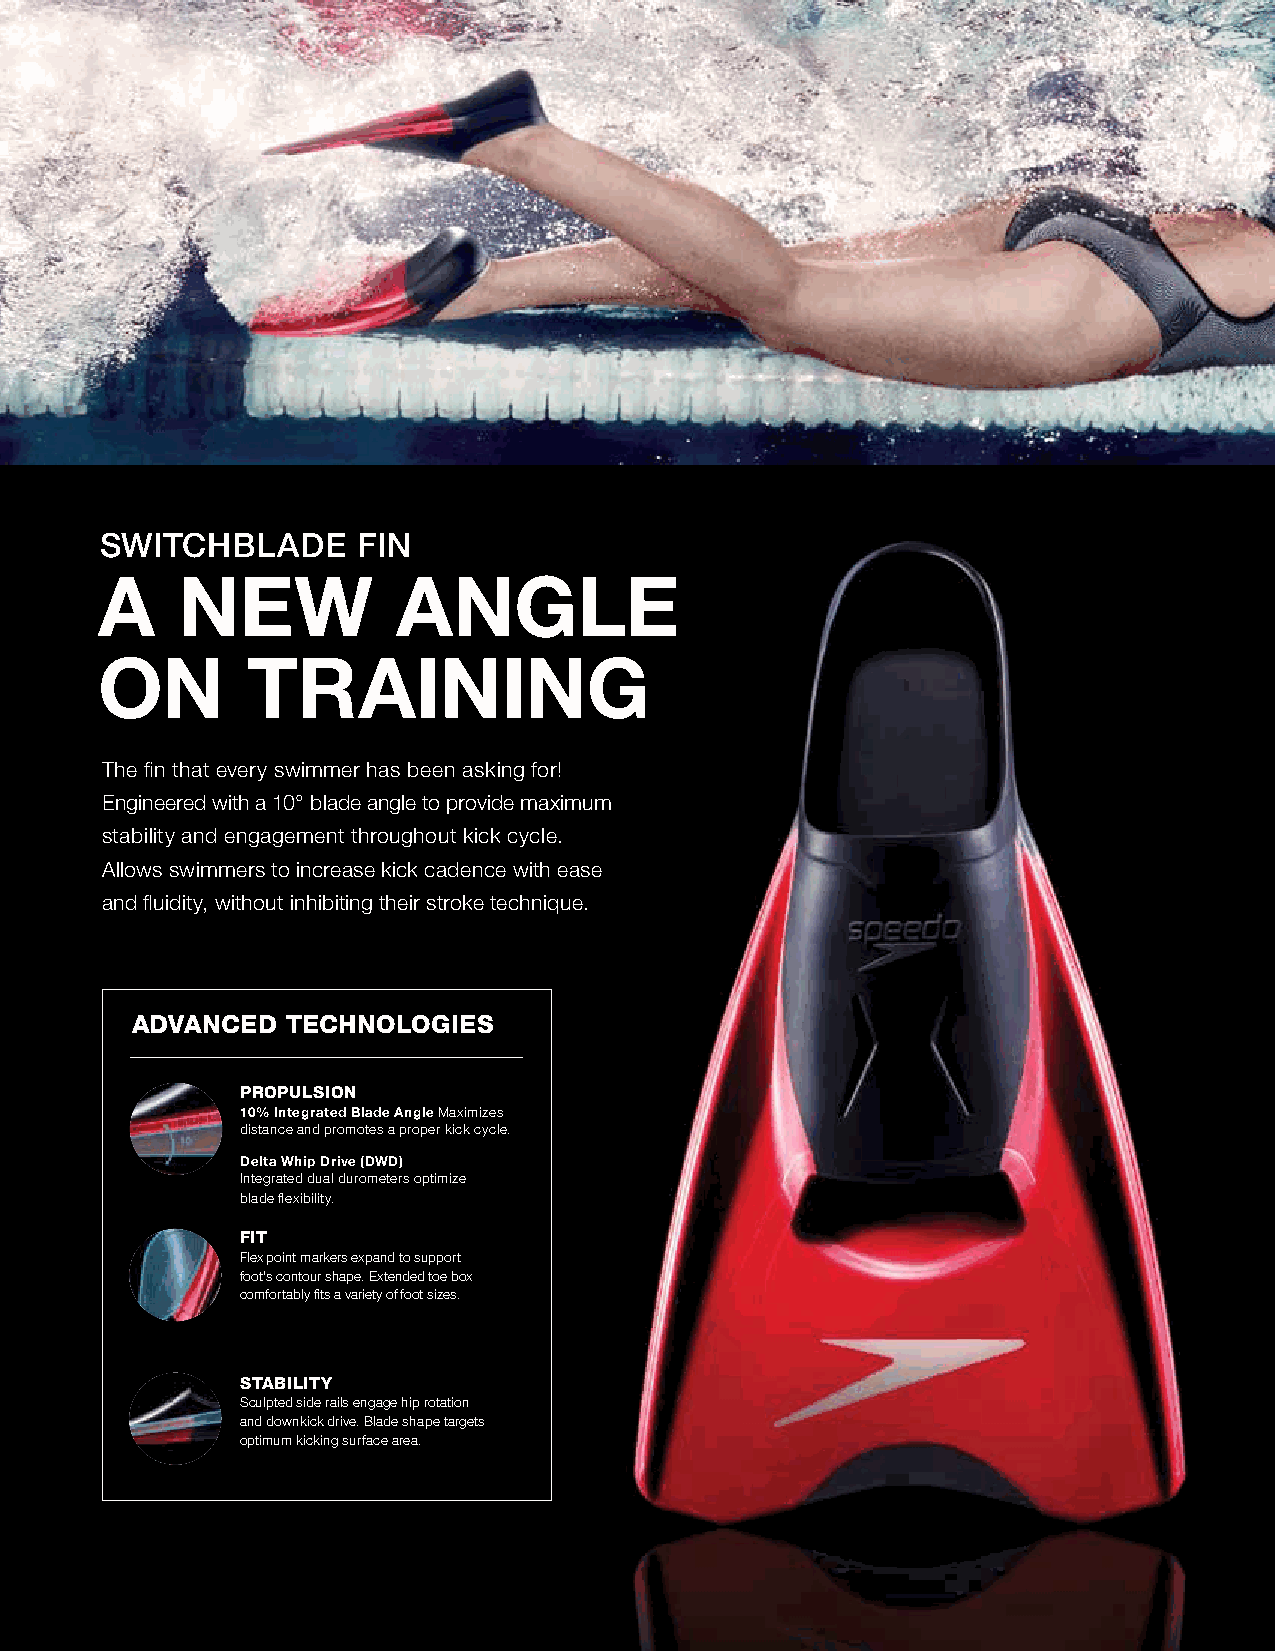
SWITCHBLADE      FIN
 A     NEW           ANGLE
 ON        TRAINING
 The fin that every swimmer has been asking for!
 engineered with a 10° blade angle to provide maximum
 stability and engagement throughout kick cycle.
 Allows swimmers to increase kick cadence with ease
 and fluidity, without inhibiting their stroke technique.
 ADVANCED  TECHNOLOGIES
 PROPULSION
 10% Integrated Blade Angle Maximizes
 distance and promotes a proper kick cycle.
 Delta Whip Drive (DWD)
 Integrated dual durometers optimize
 blade flexibility.
 FIT
 Flex point markers expand to support
 foot's contour shape. extended toe box
 comfortably fits a variety of foot sizes.
 STABILITY
 sculpted side rails engage hip rotation
 and downkick drive. Blade shape targets
 optimum kicking surface area.
 2019 FALL / EARLY BUY eQUIPMenT | 77